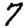
Digit: 7